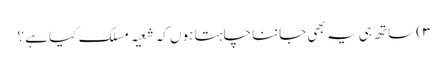
۳) ساتھ ہی یہ بھی جاننا چاہتا ہوں کہ شعیہ مسلک کیا ہے ؟